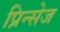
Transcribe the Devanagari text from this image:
प्रिन्सेज